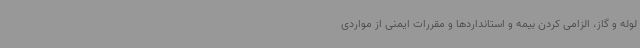
لوله و گاز، الزامی کردن بیمه و استانداردها و مقررات ایمنی از مواردی